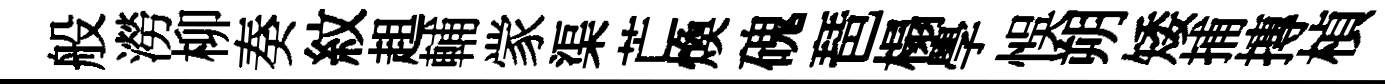
般澇柳奏紋趄輔䝉渠芒煥磈琶榻學悞朔矮捕摶楨